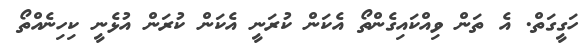
ހަގީގަތް. އެ ތަން ވިއްކައިގެންތޯ އެކަން ކުރަނީ އެކަން ކުރަން އުޅެނީ ކިހިނެއްތޯ